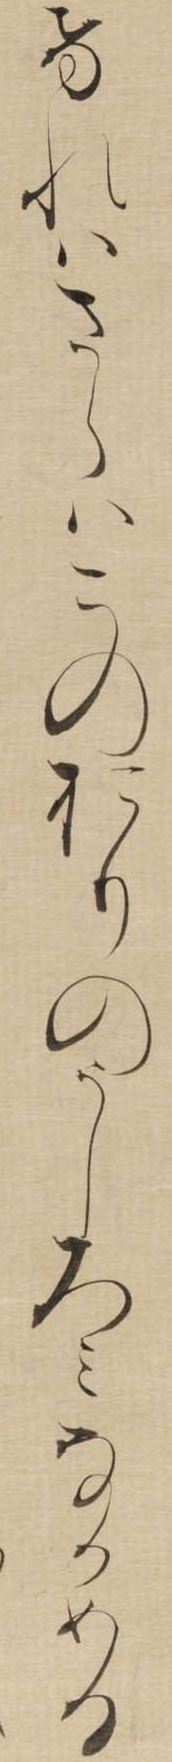
けれはさらはこのおりのうしろみなかめる